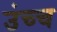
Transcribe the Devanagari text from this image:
उंच्च